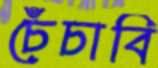
চেঁচাবি